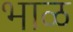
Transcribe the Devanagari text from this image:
भाळ